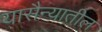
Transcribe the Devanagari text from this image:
यासैन्यातील